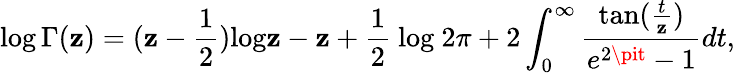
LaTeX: \log\Gamma(\mathbf{z})=(\mathbf{z}-{\frac{{1}}{{2}}})\mathrm{{log}}\mathbf{z}-\mathbf{z}+{\frac{{1}}{{2}}}\mathrm{{~log\ }}2\pi+2\int_{0}^{\infty}{\frac{{\mathrm{{tan}}({\frac{{t}}{{\mathbf{z}}}})}}{{e^{2\pit}-1}}}dt,